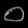
Digit: ၀